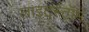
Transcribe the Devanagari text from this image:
लाइटस्टॉर्म